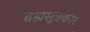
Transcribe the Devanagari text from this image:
ब्रह्मसूत्रकार